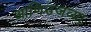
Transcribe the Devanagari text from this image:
आणिउजव्या